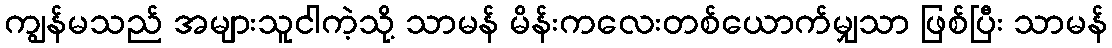
ကျွန်မသည် အများသူငါကဲ့သို့ သာမန် မိန်းကလေးတစ်ယောက်မျှသာ ဖြစ်ပြီး သာမန်